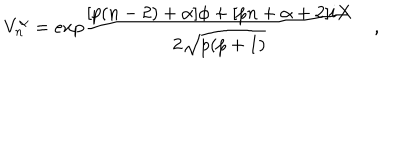
V _ { n } ^ { \alpha } = e x p { \frac { [ p ( n - 2 ) + \alpha ] \phi + [ p n + \alpha + 2 ] i X } { 2 \sqrt { p ( p + 1 ) } } } \quad ,